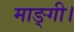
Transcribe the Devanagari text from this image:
माङ्गी।